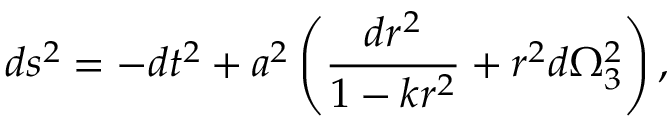
d s ^ { 2 } = - d t ^ { 2 } + a ^ { 2 } \left( { \frac { d r ^ { 2 } } { 1 - k r ^ { 2 } } } + r ^ { 2 } d \Omega _ { 3 } ^ { 2 } \right) ,